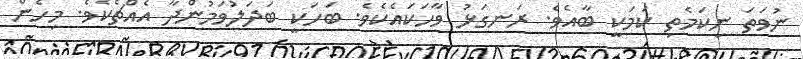
ނުވަތަ ނިކަމެތި ކަމަކީ ބާއެވެ. ރަނގަޅު ވާހަކައެކެވެ. ބަހަކީ ބަދަލުވަމުންދާ އެއްޗެކެވެ. މިހެން